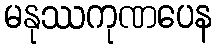
မနုဿကုဏပေန